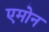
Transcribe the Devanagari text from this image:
एमोन